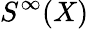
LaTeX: S^{\infty}(X)